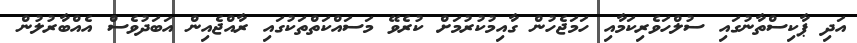
އަދި ޕާކިސްތާނުގައި ސުލްހަވެރިކަމާއި ހަމަޖެހުން ގާއިމުކުރުމަށް ކުރެވޭ މަސައްކަތްތަކުގައި ރާއްޖެއިން އަބަދުވެސް އެއްބާރުލުން